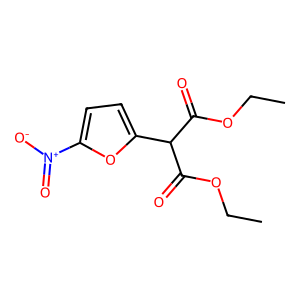
SMILES: CCOC(=O)C(C(=O)OCC)c1ccc([N+](=O)[O-])o1
Inhibits HIV replication: No